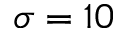
\sigma = 1 0